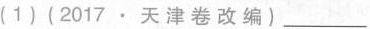
(1)(2017 .天 津 卷 改 编 )___